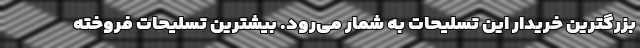
بزرگترین خریدار این تسلیحات به شمار می‌رود. بیشترین تسلیحات فروخته